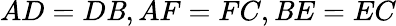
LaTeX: AD=D\mathit{B},AF=FC,\mathit{B}E=EC